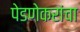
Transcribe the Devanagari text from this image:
पेडणेकरांचा